Cholera in southern India
Disease focus: Cholera
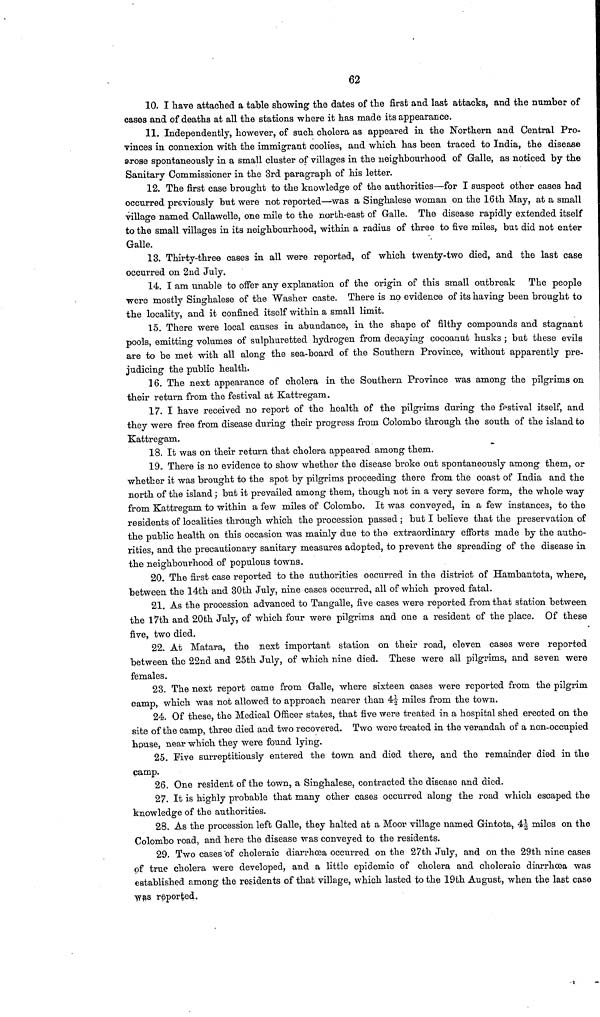
62
10. I have attached a table showing the dates of the first and last attacks, and the number of
cases and of deaths at all the stations where it has made its appearance.
11. Independently, however, of such cholera as appeared in the Northern and Central Pro-
vinces in connexion with the immigrant coolies, and which has been traced to India, the disease
»rose spontaneously in a small cluster of villages in the neighbourhood of Galle, as noticed by the
Sanitary Commissioner in the 3rd paragraph of his letter.
12. The first case brought to the knowledge of the authorities—for I suspect other cases had
occurred previously but were not reported—was a Singhalese woman on the 16th May, at a small
village named Callawelle, one mile to the north-east of Galle. The disease rapidly extended itself
to the small villages in its neighbourhood, within a radius of three to five miles, but did not enter
Galle.
13. Thirty-three cases in all were reported, of which twenty-two died, and the last case
occurred on 2nd July.
14. I am unable to offer any explanation of the origin of this small outbreak The people
were mostly Singhalese of the Washer caste. There is no evidence of its having been brought to
the locality, and it confined itself within a small limit.
15. There were local causes in abundance, in the shape of filthy compounds and stagnant
pools, emitting volumes of sulphuretted hydrogen from decaying cocoanut husks ; but these evils
are to be met with all along the sea-board of the Southern Province, without apparently pre-
judicing the public health.
16. The next appearance of cholera in the Southern Province was among the pilgrims on
their return from the festival at Kattregam.
17. I have received no report of the health of the pilgrims during the festival itself, and
they were free from disease during their progress from Colombo through the south of the island to
Kattregam.
18. It was on their return that cholera appeared among them.
19.. There is no evidence to show whether the disease broke out spontaneously among them, or
whether it was brought to the spot by pilgrims proceeding there from the ooast of India and the
north of the island ; but it prevailed among them, though not in a very severe form, the whole way
from Kattregam to within a few miles of Colombo. It was conveyed, in a few instances, to the
residents of localities through which the procession passed ; but I believe that the preservation of
the public health on this occasion was mainly due to the extraordinary efforts made by the autho-
rities, and the precautionary sanitary measures adopted, to prevent the spreading of the disease in
the neighbourhood of populous towns.
20. The first case reported to the authorities oocurred in the district of Hambantota, where,
between the 14th and 30th July, nine cases occurred, all of which proved fatal.
21. As the prooession advanced to Tangalle, five cases were reported from that station between
the 17th and 20th July, of which four were pilgrims and one a resident of the place. Of these
five, two died.
22. At Matara, the next important station on their road, eleven cases were reported
between the 22nd and 25th July, of which nine died. These were all pilgrims, and seven were
females.
23. The next report came from Galle, where sixteen oases were reported from the pilgrim
camp, which was not allowed to approach nearer than 41/2 miles from the town,
24. Of these, the Medical Officer states, that five were treated in a hospital shed erected on the
site of the camp, three died and two recovered. Two were treated in the verandah of a non-occupied
house, near which they were found lying.
25. Five surreptitiously entered the town and died there, and the remainder died in the
camp.
26. One resident of the town, a Singhalese, contracted the disease and died.
27. It is highly probable that many other cases occurred along the road which escaped the
knowledge of the authorities.
28. As the procession left Galle, they halted at a Moor village named Gintota, 41/2 miles on the
Colombo road, and here the disease was conveyed to the residents.
29. Two cases of choleraic diarrhoea occurred on the 27th July, and on the 29th nine cases
of true cholera were developed, and a little epidemic of cholera and choleraic diarrhoea was
established among the residents of that village, which lasted to the 19th August, when the last case
was reported.